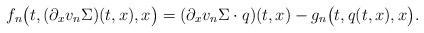
LaTeX: \begin{align*}&f_n\big(t, (\partial_xv_n\Sigma)(t, x),x \big) = (\partial_xv_n\Sigma\cdot q)(t,x) - g_n\big(t, q(t,x),x\big).\end{align*}